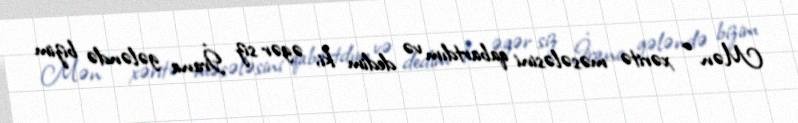
Mən o xəritə məsələsini qabartdım və dedim ki, əgər siz İrana gələndə bizim